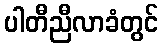
ပါတီညီလာခံတွင်